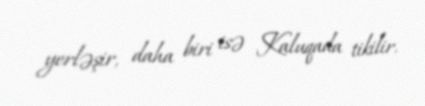
yerləşir, daha biri isə Kaluqada tikilir.